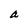
Character: a